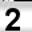
Digit: 2